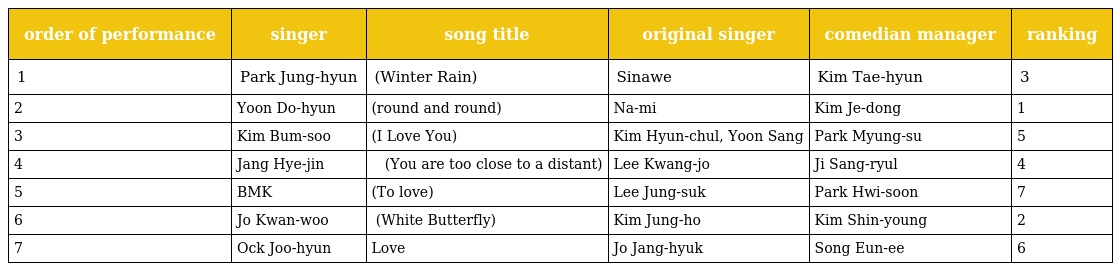
| order of performance | singer | song title | original singer | comedian manager | ranking |
 | --- | --- | --- | --- | --- | --- |
 | 1 | Park Jung-hyun | 겨울비(Winter Rain) | Sinawe | Kim Tae-hyun | 3 |
 | 2 | Yoon Do-hyun | 빙글빙글(round and round) | Na-mi | Kim Je-dong | 1 |
 | 3 | Kim Bum-soo | 사랑하오(I Love You) | Kim Hyun-chul, Yoon Sang | Park Myung-su | 5 |
 | 4 | Jang Hye-jin | 가까이하기엔 너무 먼 당신(You are too close to a distant) | Lee Kwang-jo | Ji Sang-ryul | 4 |
 | 5 | BMK | 사랑하기에(To love) | Lee Jung-suk | Park Hwi-soon | 7 |
 | 6 | Jo Kwan-woo | 하얀 나비(White Butterfly) | Kim Jung-ho | Kim Shin-young | 2 |
 | 7 | Ock Joo-hyun | Love | Jo Jang-hyuk | Song Eun-ee | 6 |